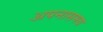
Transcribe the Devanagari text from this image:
अपनासमय